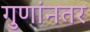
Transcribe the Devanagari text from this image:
गुणांनतर